Treatise on elephants
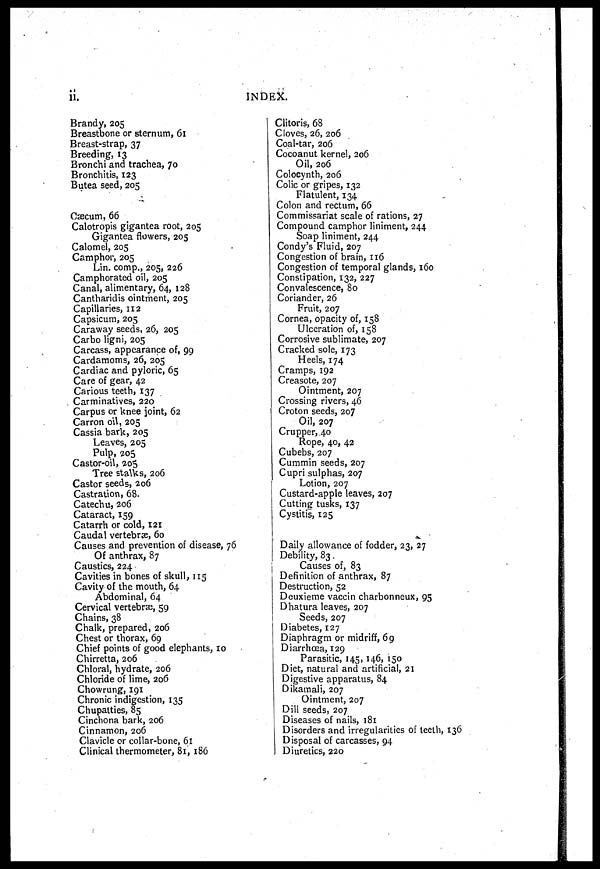
ii.
INDEX.
Brandy, 205
Breastbone or sternum, 61
Breast-strap, 37
Breeding, 13
Bronchi and trachea, 70
Bronchitis, 123
Butea seed, 205
Flatulent, 134
Colon and rectum, 66
Cæcum, 66
Calotropis gigantea root, 205
Gigantea flowers, 205
Calomel, 205
Camphor, 205
Lin. comp., 205, 226
Camphorated oil, 205
Canal, alimentary, 64, 128
Cantharidis ointment, 205
Capillaries, 112
Capsicum, 205
Caraway seeds, 26, 205
Carbo ligni, 205
Carcass, appearance of, 99
Cardamoms, 26, 205
Cardiac and pyloric, 65
Care of gear, 42
Carious teeth, 137
Carminatives, 220
Carpus or knee joint, 62
Carron oil, 205
Cassia bark, 205
Leaves, 205
Pulp, 205
Castor-oil, 205
Tree stalks, 206
Castor seeds, 206
Castration, 68.
Catechu, 206
Cataract, 159
Catarrh or cold, 121
Caudal vertebæ, 60
Causes and prevention of disease, 76
Of anthrax, 87
Caustics, 224
Cavities in bones of skull, 115
Cavity of the mouth, 64
Abdominal, 64
Cervical vertebræ, 59
Chains, 38
Chalk, prepared, 206
Chest or thorax, 69
Chief points of good elephants, 10
Chirretta, 206
Chloral, hydrate, 206
Chloride of lime, 206
Chowrung, 191
Chronic indigestion, 135
Chupatties, 85
Cinchona bark, 206
Cinnamon, 206
Clavicle or collar-bone, 61
Clinical thermometer, 81, 186
Clitoris, 68
Cloves, 26, 206
Coal-tar, 206
Cocoanut kernel, 206
Oil, 206
Colocynth, 206
Colic or gripes, 132
Flatulent, 134
Colon and rectum, 66
Commissariat scale of rations, 27
Compound camphor liniment, 244.
Soap liniment, 244
Condy's Fluid, 207
Congestion of brain, 116
Congestion of temporal glands, 160
Constipation, 132, 227
Convalescence, 80
Coriander, 26
Fruit, 207
Cornea, opacity of, 158
Ulceration of, 158
Corrosive sublimate, 207
Cracked sole, 173
Heels, 174
Cramps, 192
Creasote, 207
Ointment, 207
Crossing rivers, 46
Croton seeds, 207
Oil, 207
Crupper, 40
Rope, 40, 42
Cubebs, 207
Cummin seeds, 207
Cupri sulphas, 207
Lotion, 207
Custard-apple leaves, 207
Cutting tusks, 137
Cystitis, 125
Daily allowance of fodder, 23, 27
Debility, 83
Causes of, 83
Definition of anthrax, 87
Destruction, 52
Deuxieme vaccin charbonneux, 95
Dhatura leaves, 207
Seeds, 207
Diabetes, 127
Diaphragm or midriff, 69
Diarrhœa, 129
Parasitic, 145, 146, 150
Diet, natural and artificial, 21
Digestive apparatus, 84
Dikamali, 207
Ointment, 207
Dill seeds, 207
Diseases of nails, 181
Disorders and irregularities of teeth, 136
Disposal of carcasses, 94
Diuretics, 220